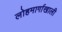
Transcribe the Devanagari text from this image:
लोहमार्गाखाली